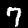
Digit: 7